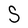
Character: S